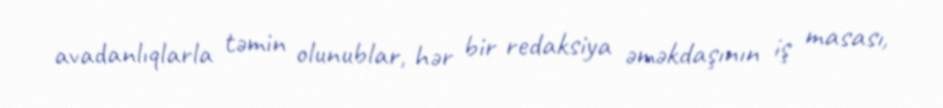
avadanlıqlarla təmin olunublar, hər bir redaksiya əməkdaşının iş masası,